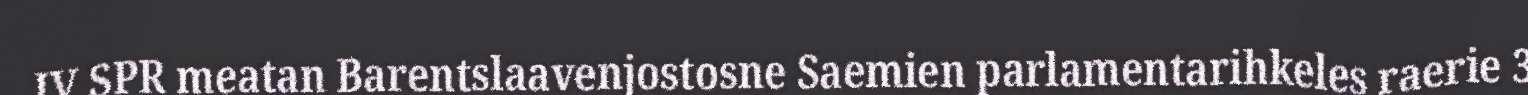
IV SPR meatan Barentslaavenjostosne Saemien parlamentarihkeles raerie 3